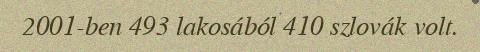
2001-ben 493 lakosából 410 szlovák volt.